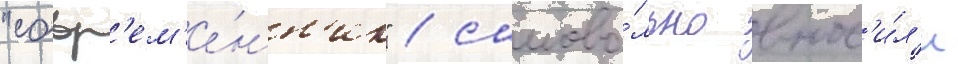
"совр'ем'е́нн'ик" / самово́льно внос'и́л'и